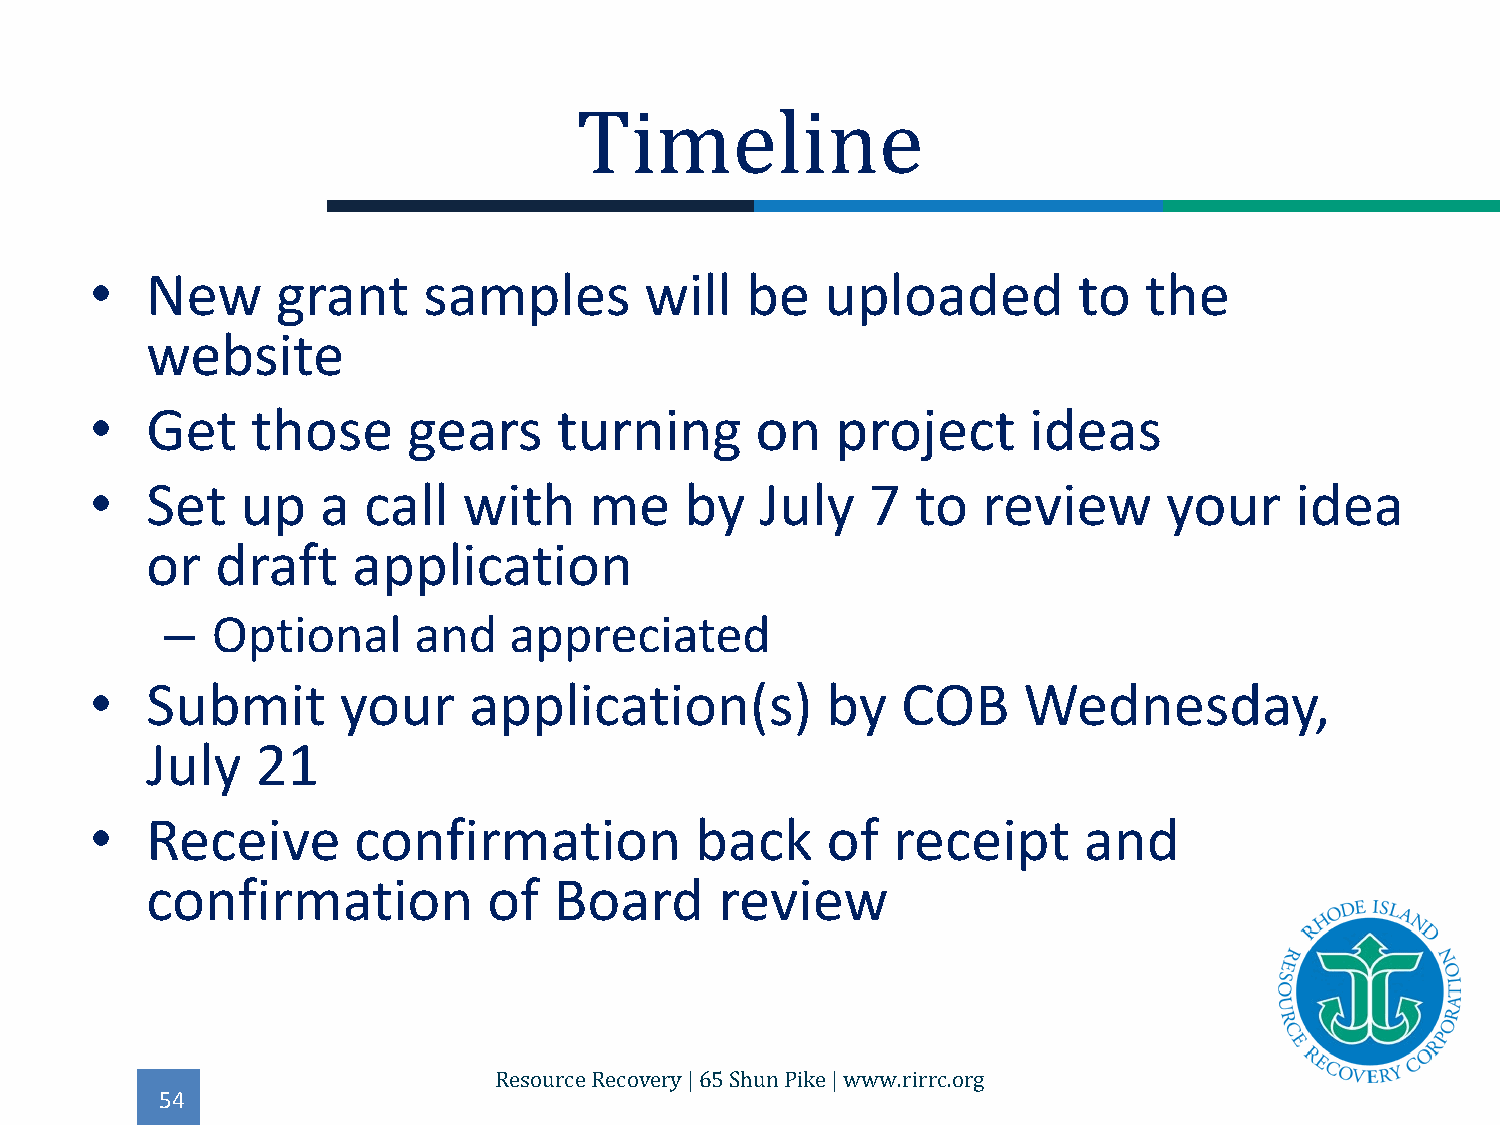
•   New     grant     samples        will  be    uploaded        to   the
 Timeline
 website
 •   Get    those     gears     turning      on   project      ideas
 •   Set   up   a  call   with    me    by   July    7  to  review      your     idea
 or  draft    application
 –  Optional     and    appreciated
 •   Submit      your     application(s)          by   COB     Wednesday,
 July   21
 •   Receive      confirmation           back     of  receipt      and
 confirmation          of   Board      review
 54
 Resource Recovery | 65 Shun Pike | www.rirrc.org